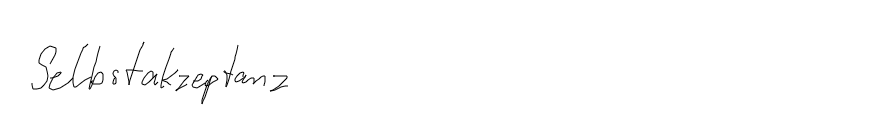
Selbstakzeptanz